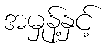
အမှုန့်နှင့်